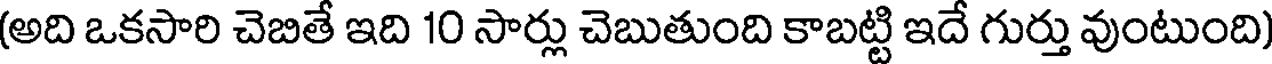
(అది ఒకసారి చెబితే ఇది 10 సార్లు చెబుతుంది కాబట్టి ఇదే గుర్తు వుంటుంది)